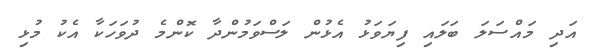
އަދި މައްސަލަ ބަލައި ފިޔަވަޅު އެޅުން ލަސްވަމުންދާ ކޮންމެ ދުވަހަކާ އެކު މުޅި